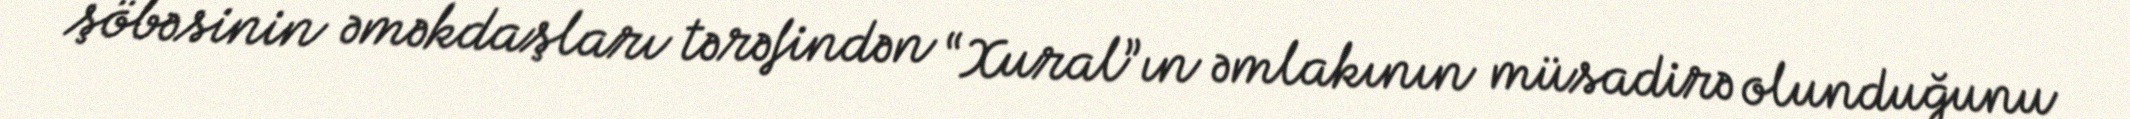
şöbəsinin əməkdaşları tərəfindən “Xural”ın əmlakının müsadirə olunduğunu